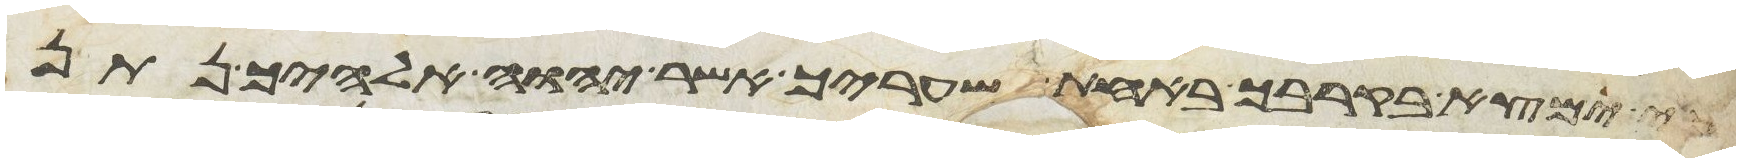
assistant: כי ימצא בקרבך באחת שעריך אשר יהוה אלהיך נתן